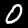
Label: 0